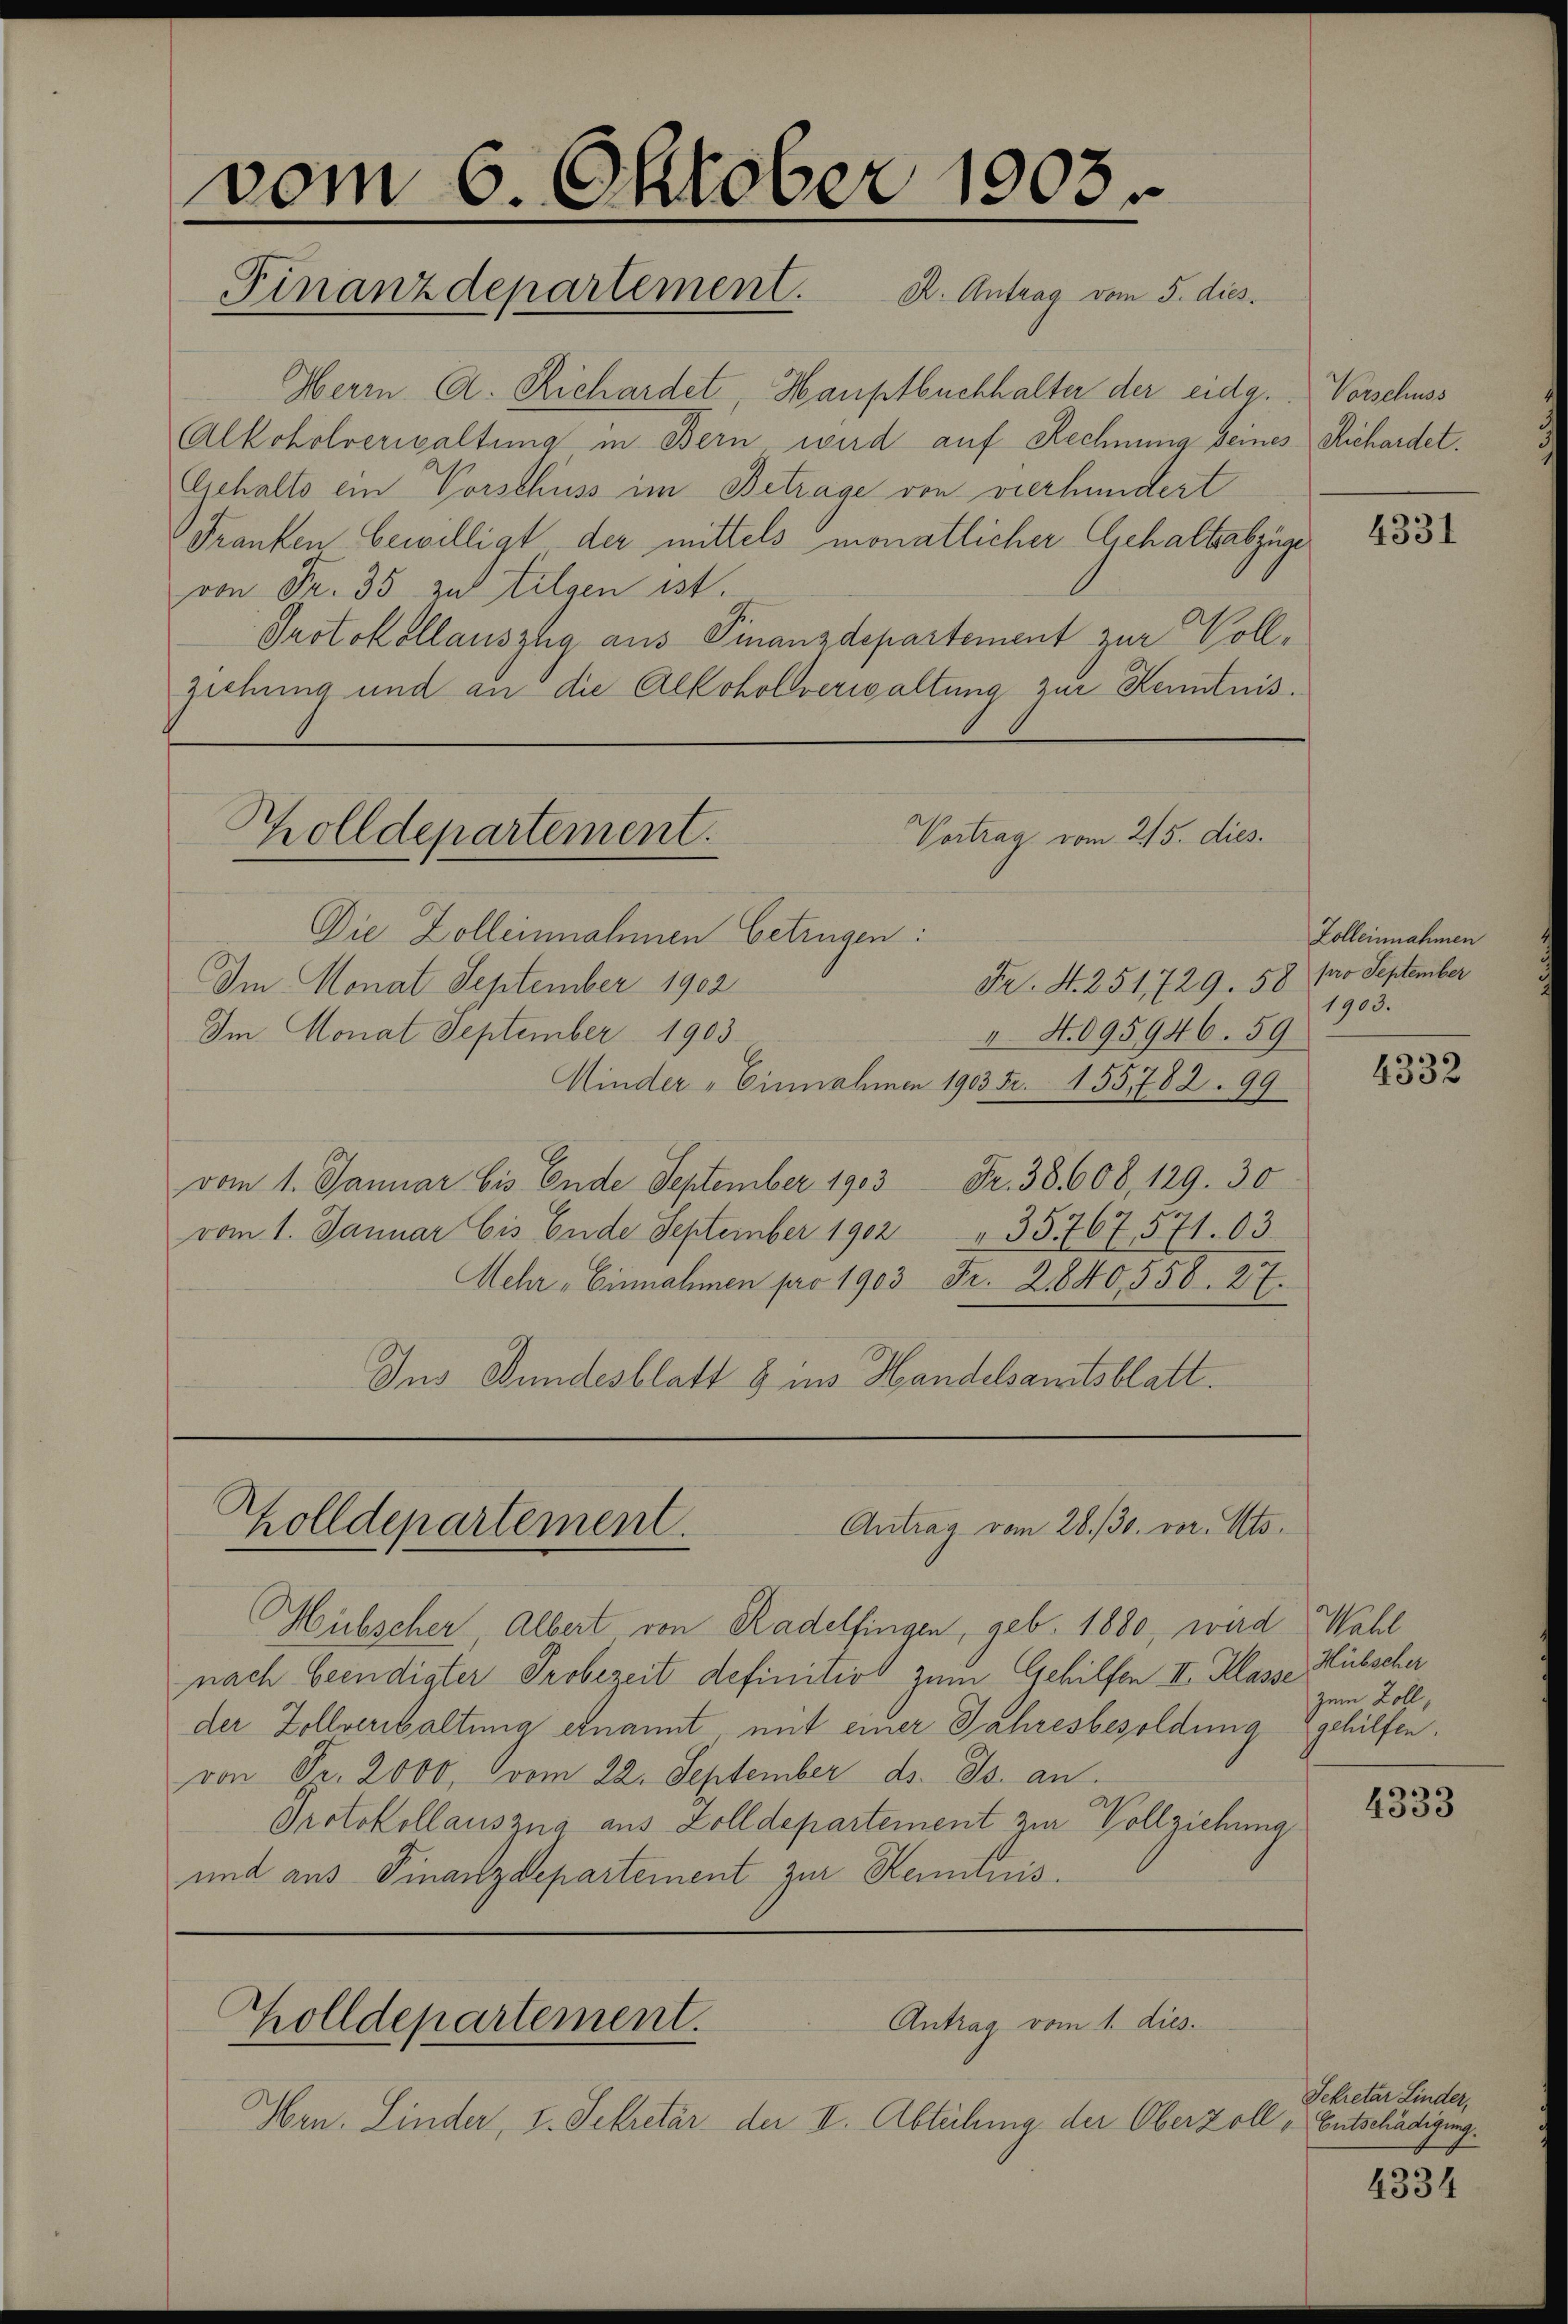
vom 6. Oktober 1903.
Finanzdepartement. A. Antrag vom 5. dies

Herrn A. Richardet, Hauptbuchhalter der eidg. Vorschuss
Alkoholverwaltung in Bern wird auf Rechnung seines Richardet.
Gehalts ein Vorschuss im Betrage von vierhundert
Franken bewilligt der mittels monatlicher Gehalterbzüge
von Fr. 35 zu tilgen ist.
Protokollauszug aus Finanzdepartement zur Vollziehung und an die Alkohollverwaltung zur Kenntnis¬

Vortrag vom 215. dies
olldepartement.

Die Zolleinnahmen betrügen:
Fr. S. 251, 729. 58 pro September
Im Monat September 1902
Im Monat September 1903
4. H. 095946. 59
Minder - Einnahmen 1903 Fr. 155782. 99
vom 1. Januar bis Ende September 1903 Fr. 3808, 129. 30
vom 1. Januar bis Ende September 1902
35767,571. 63.
Mehr „Einnahmen pro 1903 Fr. 2840558. 27.
Ins Bundesblatt 3 ins Handelsamtsblatt.

Antrag vom 28./30. vor. Mts.
Holldepartement.

Hübscher Albert von Radelfingen, geb. 1880, wird Wahl
nach beendigter Probezeit definitivs zum Gehilfen II. Klasse Hübscher
der Zollverhaltung ernannt mit einer Jahresbesoldung gehilfen.
von Fr. 2000, vom 22. September ds. Js. an.
Protokollauszug aus Zolldepartement zur Vollziehung
und aus Finanzdepartement zur Kenntnis.

Zolldepartement.

Antrag vom 1. dies.

Hrn. Linder, I. Sekretär der II. Abteilung der Oberzoll - Entschädigung

4331

Zolleinnahmen
1903.

4332

zum Zoll,

4333

Sekretar Linder,

4334